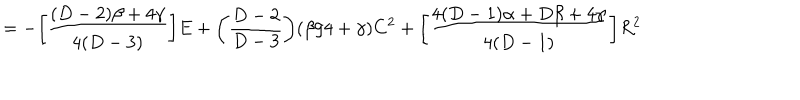
= - \bigg [ \frac { ( D - 2 ) \beta + 4 \gamma } { 4 ( D - 3 ) } \bigg ] E + \bigg ( \frac { D - 2 } { D - 3 } \bigg ) ( \beta / 4 + \gamma ) C ^ { 2 } + \bigg [ \frac { 4 ( D - 1 ) \alpha + D \beta + 4 \gamma } { 4 ( D - 1 ) } \bigg ] R ^ { 2 } \,